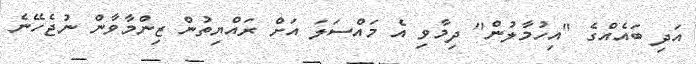
އަދި ބައެއްގެ "އިހުމާލުން" ދިމާވި އެ މައްސަލަ އަށް ރައްޔިތުން ޒިންމާވާން ނުޖެހޭނެ